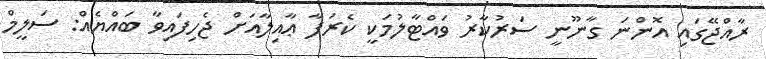
ރާއްޖޭގައި އޮންނަ ގާނޫނީ ސަރުކާރު ވައްޓާލުމަކީ ކެރަފާ ޢާއިލާއަށް ޖެހިފައިވާ ބައްޔެއް: ސަލީމް